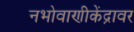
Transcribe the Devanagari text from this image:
नभोवाणीकेंद्रावर